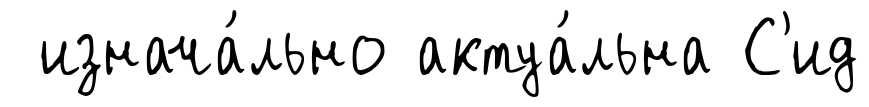
изнача́льно актуа́льна С'ид